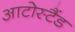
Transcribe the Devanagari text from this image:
आटोस्टैंड